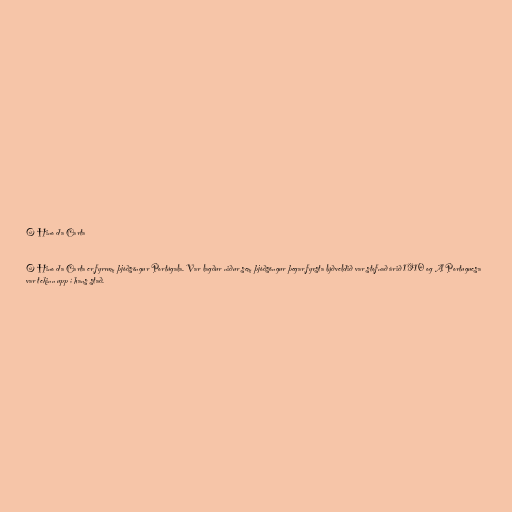
O Hino da Carta

O Hino da Carta er fyrrum þjóðsöngur Portúgala. Var lagður niður sem þjóðsöngur þegar fyrsta lýðveldið var stofnað árið 1910 og A Portuguesa
var tekinn upp í hans stað.